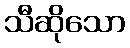
သီဆိုသော